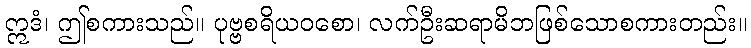
ဣဒံ၊ ဤစကားသည်။ ပုဗ္ဗစရိယဝစော၊ လက်ဦးဆရာမိဘဖြစ်သောစကားတည်း။